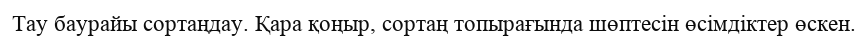
Тау баурайы сортаңдау. Қара қоңыр, сортаң топырағында шөптесін өсімдіктер өскен.